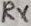
Text: RX